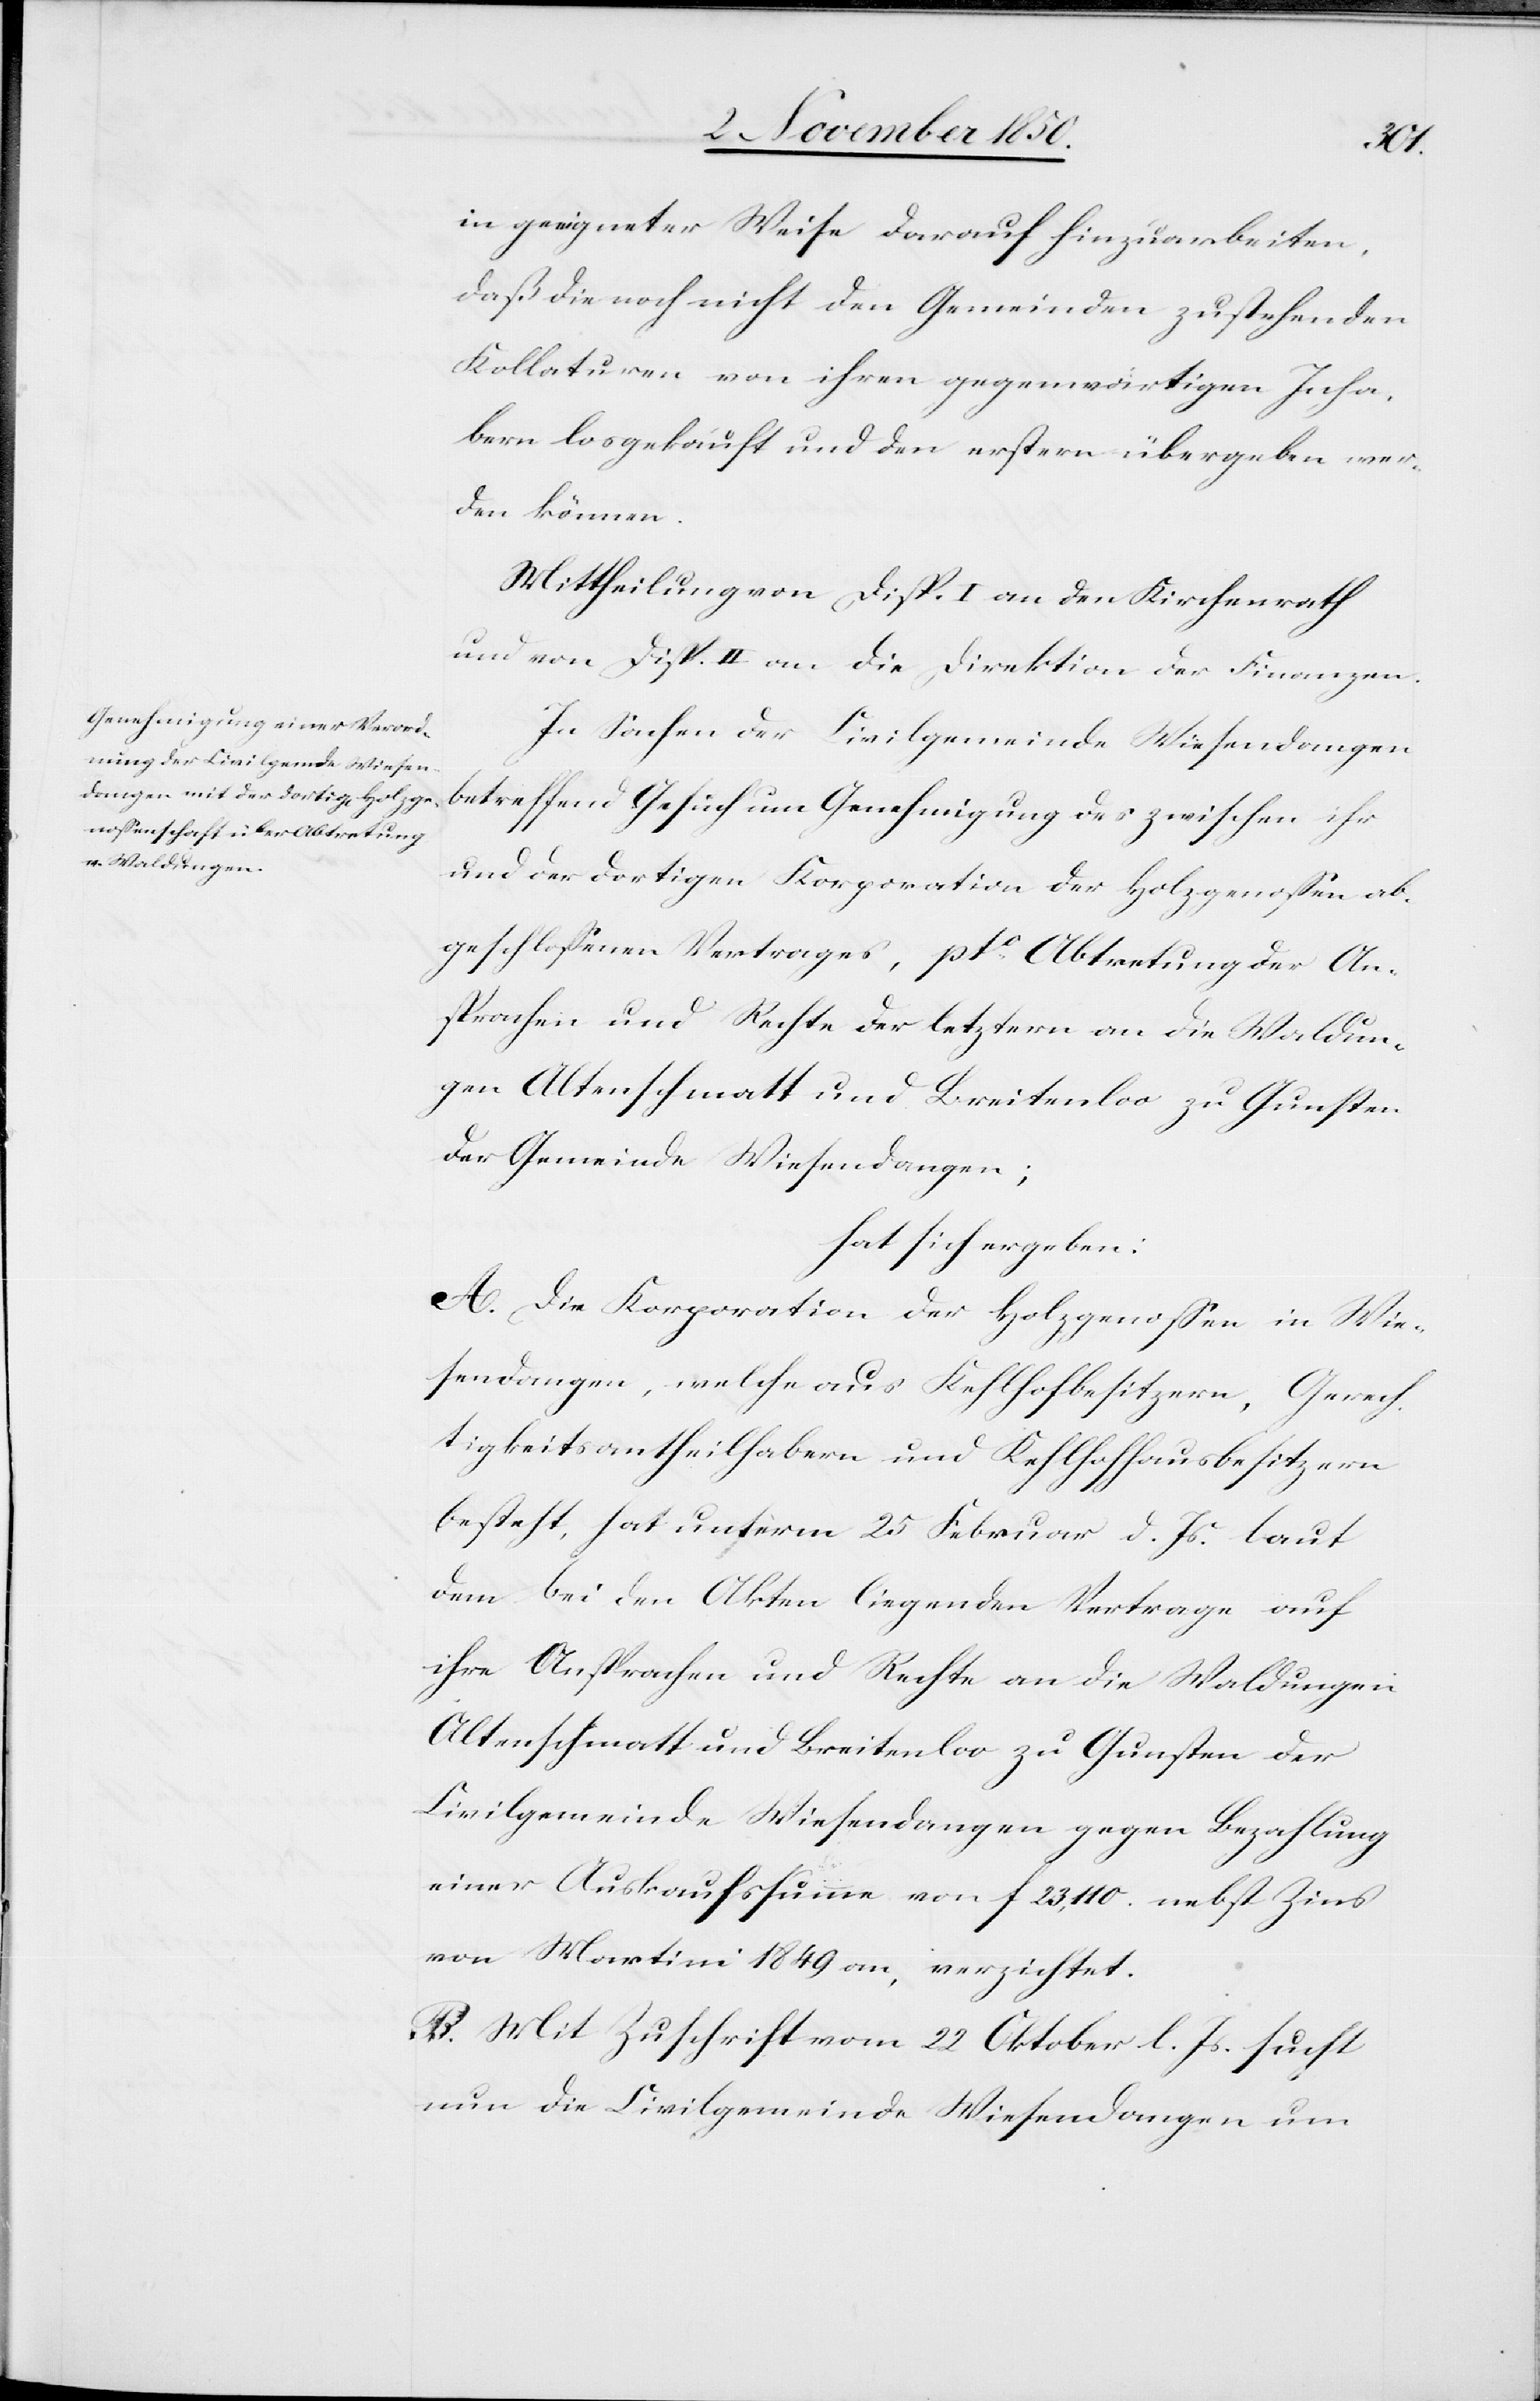
in geeigneter Weise darauf hinzuarbeiten,
daß die noch nicht den Gemeinden zustehenden
Kollaturen von ihren gegenwärtigen Inha¬
bern losgekauft und den erstern übergeben wer¬
den können.
Mittheilung von Disp. I an den Kirchenrath
und von Disp. II an die Direktion der Finanzen.
In Sachen der Civilgemeinde Wiesendangen
betreffend Gesuch um Genehmigung des zwischen ihr
und der dortigen Korporation der Holzgenossen ab¬
geschlossenen Vertrages, pto Abtretung der An¬
sprachen und Rechte der letztern an die Waldun¬
gen Altenschmatt und Breitenloo zu Gunsten
der Gemeinde Wiesendangen;
hat sich ergeben:
A. Die Korporation der Holzgenossen in Wie¬
sendangen, welche aus Kehlhofbesitzern, Gerech¬
tigkeitsantheilhabern und Kehlhofhausbesitzern
besteht, hat unterm 25 Februar d. Js. laut
dem bei den Akten liegenden Vertrage auf
ihre Ansprachen und Rechte an die Waldungen
Altenschmatt und Breitenloo zu Gunsten der
Civilgmeinde Wiesendangen gegen Bezahlung
einer Auskaufssumme von f 23,110. nebst Zins
von Martini 1849 an, verzichtet.
B. Mit Zuschrift vom 22 Oktober l. Js. sucht
nun die Civilgemeinde Wiesendangen um